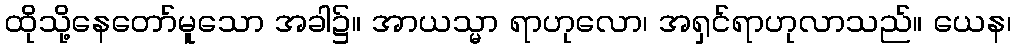
ထိုသို့နေတော်မူသော အခါ၌။ အာယသ္မာ ရာဟုလော၊ အရှင်ရာဟုလာသည်။ ယေန၊